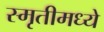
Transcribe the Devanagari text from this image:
स्मृतीमध्ये